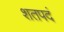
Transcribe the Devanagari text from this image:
शतपदं